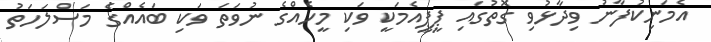
އެމަނިކުފާނު ވިދާޅުވި ގޮތުގައި ޕީޕީއެމަކީ ވަކި މީހެއްގެ ނުވަތަ ވަކި ބައެއްގެ މަސްލަހަތު